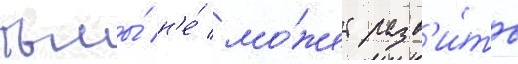
тьмы́ н'е́ мо́жет разв'и́ть